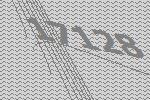
17128